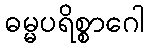
ဓမ္မပရိစ္စာဂေါ